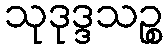
သုဒုဒ္ဒသဉ္စ